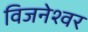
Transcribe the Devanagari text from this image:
विजनेश्वर